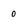
Character: 0